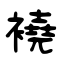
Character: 襓